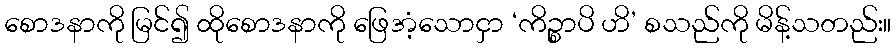
စောဒနာကို မြင်၍ ထိုစောဒနာကို ဖြေအံ့သောငှာ ‘ကိဉ္စာပိ ဟိ’ စသည်ကို မိန့်သတည်း။